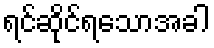
ရင်ဆိုင်ရသောအခါ